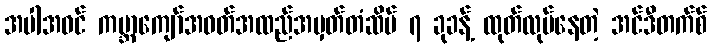
အပါအဝင် ကမ္ဘာကျော်အဝတ်အထည်အမှတ်တံဆိပ် ၇ ခုခန့် ထုတ်လုပ်နေတဲ့ အင်ဒီတက်စ်